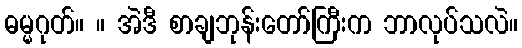
ဓမ္မဂုတ်။ ။ အဲဒီ စာချဘုန်းတော်ကြီးက ဘာလုပ်သလဲ။